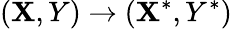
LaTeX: (\mathbf{X},Y)\rightarrow(\mathbf{X}^{*},Y^{*})